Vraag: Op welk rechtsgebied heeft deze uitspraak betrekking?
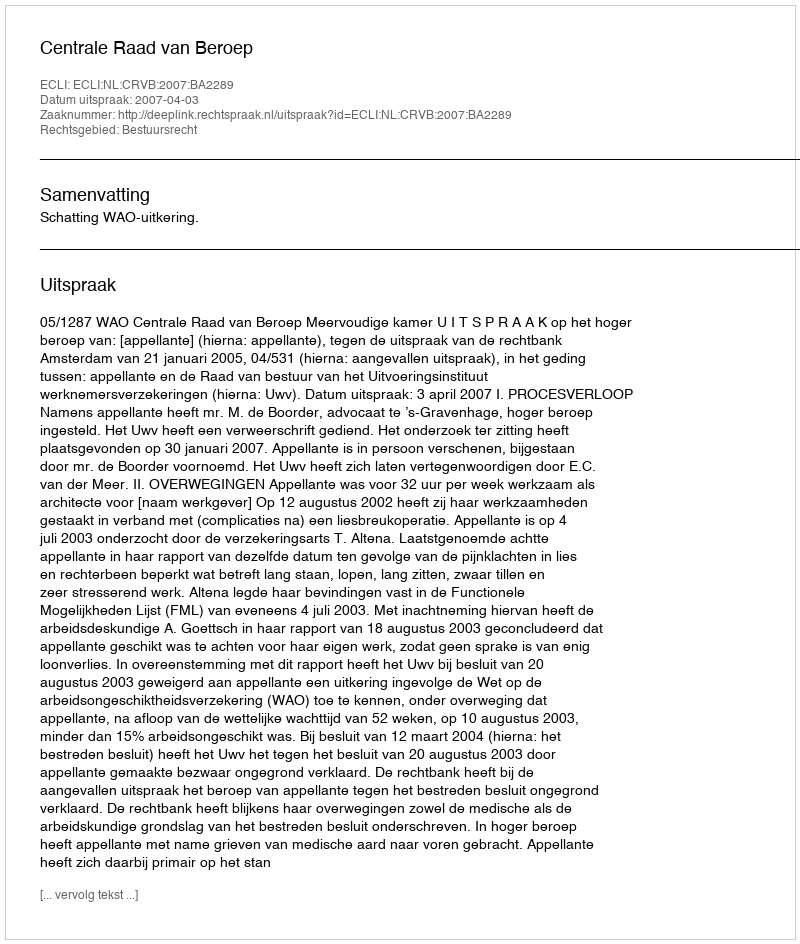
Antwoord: Bestuursrecht